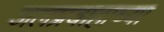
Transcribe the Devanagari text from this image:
जलप्रवाहाच्या